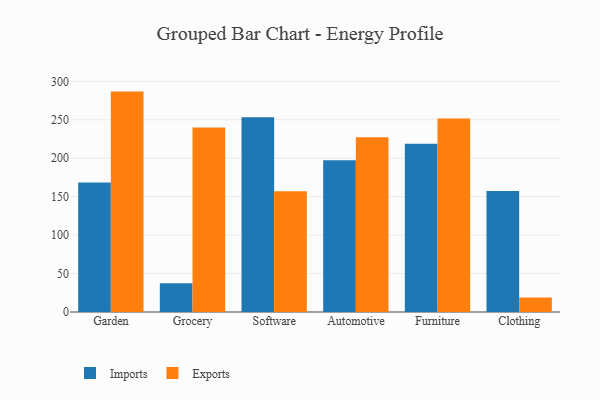
{"axis": {"x": "Category", "y": "Revenue (USD Million)"}, "legend": ["Exports", "Imports"], "data": [{"x": "Garden", "y": 168.3, "type": "Imports"}, {"x": "Garden", "y": 286.6, "type": "Exports"}, {"x": "Grocery", "y": 37.3, "type": "Imports"}, {"x": "Grocery", "y": 240.0, "type": "Exports"}, {"x": "Software", "y": 253.3, "type": "Imports"}, {"x": "Software", "y": 157.0, "type": "Exports"}, {"x": "Automotive", "y": 197.2, "type": "Imports"}, {"x": "Automotive", "y": 227.3, "type": "Exports"}, {"x": "Furniture", "y": 218.7, "type": "Imports"}, {"x": "Furniture", "y": 251.5, "type": "Exports"}, {"x": "Clothing", "y": 157.4, "type": "Imports"}, {"x": "Clothing", "y": 19.0, "type": "Exports"}]}